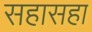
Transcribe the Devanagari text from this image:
सहासहा